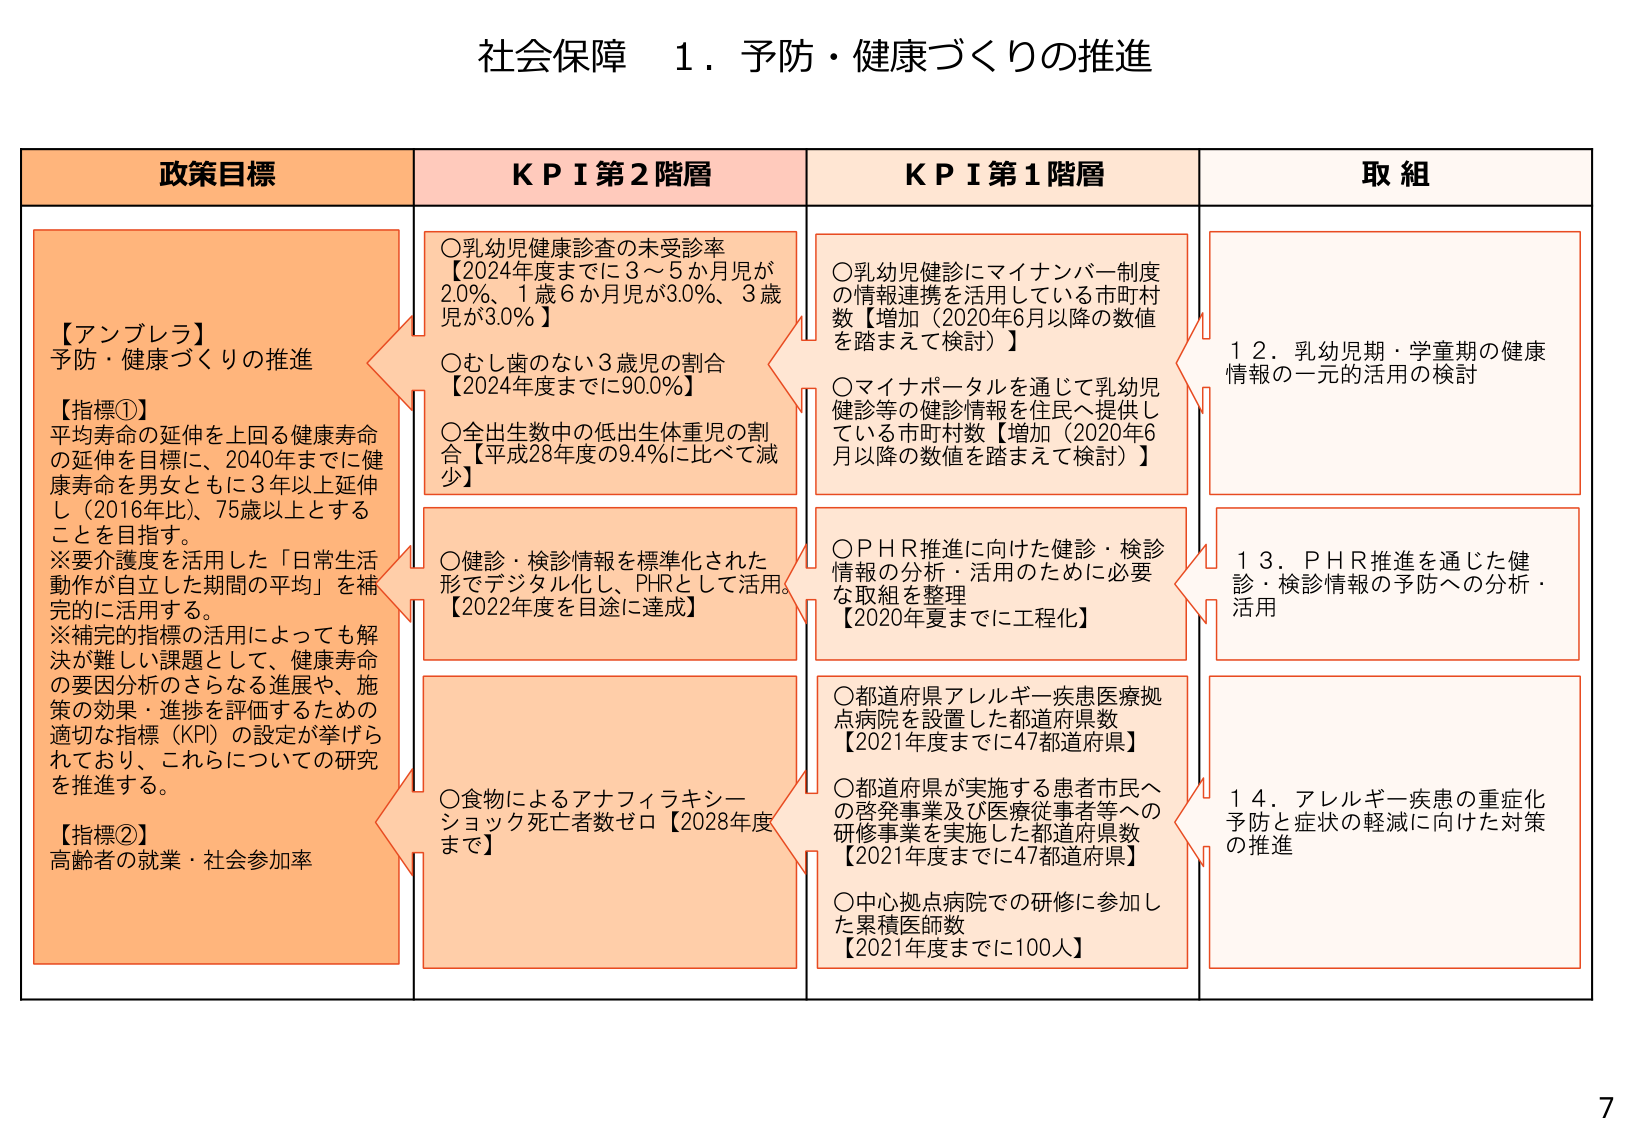
社会保障 1．予防・健康づくりの推進

政策目標
【アンブレラ】
予防・健康づくりの推進
【指標①】
平均寿命の延伸を上回る健康寿命の延伸を目標に、2040年までに健康寿命を男女ともに3年以上延伸し（2016年比）、75歳以上とすることを目指す。
※要介護度を活用した「日常生活動作が自立した期間の平均」を補完的に活用する。
※補完的指標の活用によっても解決が難しい課題として、健康寿命の要因分析のさらなる進展や、施策の効果・進捗を評価するための適切な指標（KPI）の設定が挙げられており、これらについての研究を推進する。
【指標②】
高齢者の就業・社会参加率

KPI第2階層
○乳幼児健康診査の未受診率
【2024年度までに3～5か月児が2.0％、1歳6か月児が3.0％、3歳児が3.0％】
○むし歯のない3歳児の割合
【2024年度までに90.0％】
○全出生数中の低出生体重児の割合【平成28年度の9.4％に比べて減少】
○健診・検診情報を標準化された形でデジタル化し、PHRとして活用。
【2022年度を目途に達成】
○食物によるアナフィラキシーショック死亡者数ゼロ【2028年度まで】

KPI第1階層
○乳幼児健診にマイナンバー制度の情報連携を活用している市町村数【増加（2020年6月以降の数値を踏まえて検討）】
○マイナポータルを通じて乳幼児健診等の健診情報を住民へ提供している市町村数【増加（2020年6月以降の数値を踏まえて検討）】
○PHR推進に向けた健診・検診情報の分析・活用のために必要な取組を整理
【2020年夏までに工程化】
○都道府県アレルギー疾患医療拠点病院を設置した都道府県数
【2021年度までに47都道府県】
○都道府県が実施する患者市民への啓発事業及び医療従事者等への研修事業を実施した都道府県数
【2021年度までに47都道府県】
○中心拠点病院での研修に参加した累積医師数
【2021年度までに100人】

取組
12．乳幼児期・学童期の健康情報の一元的活用の検討
13．PHR推進を通じた健診・検診情報の予防への分析・活用
14．アレルギー疾患の重症化予防と症状の軽減に向けた対策の推進

7